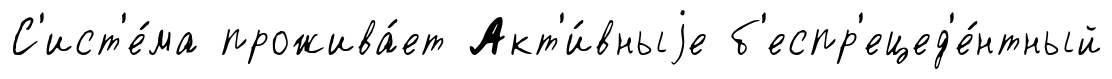
С'ист'е́ма прожива́ет Акт'и́вныjе б'еспр'ецед'е́нтный